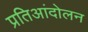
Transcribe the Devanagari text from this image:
प्रतिआंदोलन